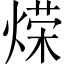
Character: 𫞡